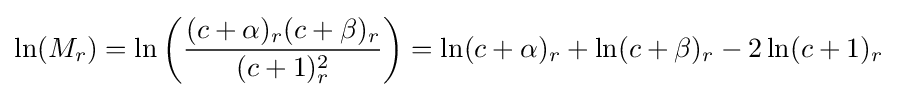
\ln(M_{r})=\ln \left({\frac {(c+\alpha )_{r}(c+\beta )_{r}}{(c+1)_{r}^{2}}}\right)=\ln(c+\alpha )_{r}+\ln(c+\beta )_{r}-2\ln(c+1)_{r}